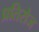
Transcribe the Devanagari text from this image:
प्रतिरोज